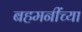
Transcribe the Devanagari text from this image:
बहमनींच्या